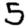
Digit: 5